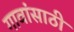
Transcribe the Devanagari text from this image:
गावांसाठी